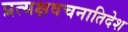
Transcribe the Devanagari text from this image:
प्रत्यक्षवचनातिदेश